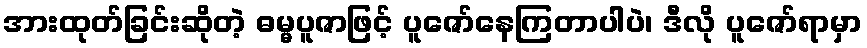
အားထုတ်ခြင်းဆိုတဲ့ ဓမ္မပူဇာဖြင့် ပူဇော်နေကြတာပါပဲ၊ ဒီလို ပူဇော်ရာမှာ